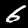
Label: 6